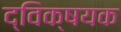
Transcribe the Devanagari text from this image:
द्विक्षयक